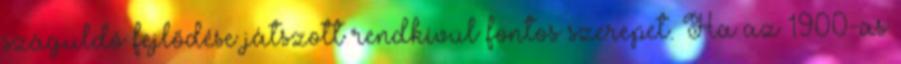
száguldó fejlődése játszott rendkívül fontos szerepet. Ha az 1900-as